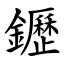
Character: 䥶